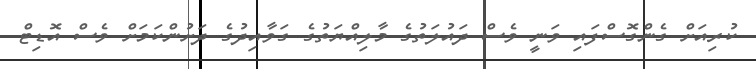
ކުރިއަށް ގެންގޮސްފައި ވަނީ ވެސް ދައުލަތުގެ މާލިއްޔަތުގެ ގަވާއިދުގެ ދަށުންކަމަށް ވެސް އޮޑިޓް